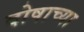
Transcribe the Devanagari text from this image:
दोषाच्या